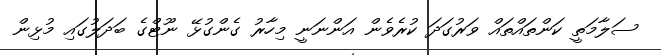
ސަލާމަތީ ކަންތައްތައް ވަރުގަދަ ކުރެވެން އަންނަނީ މިހާރު ގެންގުޅޭ ނޫޓްގެ ބަދަލުގައި މުޅިން